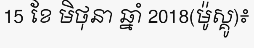
15 ខែ មិថុនា ឆ្នាំ 2018(ម៉ូស្គូ)៖